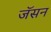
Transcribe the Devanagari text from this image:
जॅसन